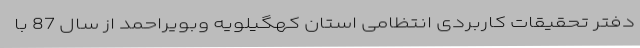
دفتر تحقیقات کاربردی انتظامی استان کهگیلویه وبویراحمد از سال 87 با